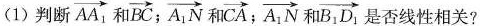
(1)判断\overrightarrow{AA_{1}} 和\overrightarrow{BC}；\overrightarrow{A_{1}N}和\overrightarrow{B_{1}D_{1}}是否线性相关？